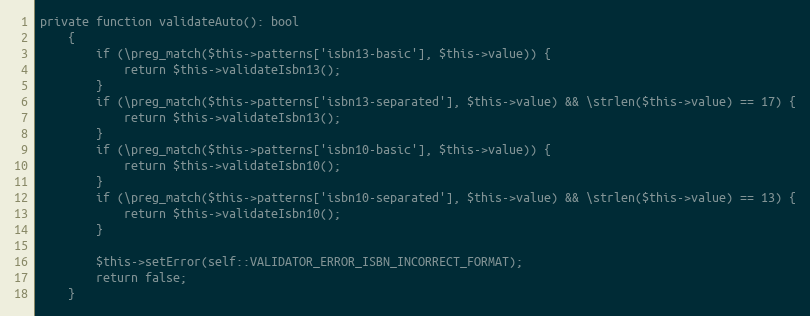
Language: PHP
private function validateAuto(): bool
    {
        if (\preg_match($this->patterns['isbn13-basic'], $this->value)) {
            return $this->validateIsbn13();
        }
        if (\preg_match($this->patterns['isbn13-separated'], $this->value) && \strlen($this->value) == 17) {
            return $this->validateIsbn13();
        }
        if (\preg_match($this->patterns['isbn10-basic'], $this->value)) {
            return $this->validateIsbn10();
        }
        if (\preg_match($this->patterns['isbn10-separated'], $this->value) && \strlen($this->value) == 13) {
            return $this->validateIsbn10();
        }

        $this->setError(self::VALIDATOR_ERROR_ISBN_INCORRECT_FORMAT);
        return false;
    }